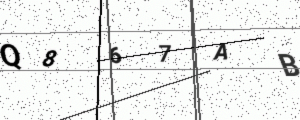
Text: Q867AB